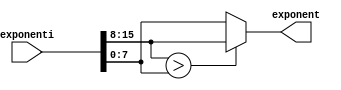
`timescale 1ns / 1ps
//////////////////////////////////////////////////////////////////////////////////
// Company: 
// Engineer: 
// 
// Design Name: 
// Module Name: aleg_exp
// Project Name: 
// Target Devices: 
// Tool Versions: 
// Description: 
// 
// Dependencies: 
// 
// Revision:
// Revision 0.01 - File Created
// Additional Comments:
// 
//////////////////////////////////////////////////////////////////////////////////


module aleg_exp(
    input [15:0]exponenti,
    output [7:0]exponent
    );

    assign exponent = (exponenti[15:8] > exponenti[7:0]) ? exponenti[15:8] : exponenti[7:0];//exp;

endmodule